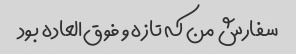
سفارش من که تازه و فوق‌العاده بود